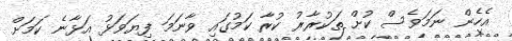
އެހެން ނަމަވެސް ކުށް ތަކުރާރު ކުރާ ކަމުގައި ވާނަމަ ފިޔަވަޅު އަޅާނެ ކަމަށް